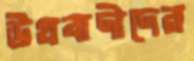
উগ্রবাদীদের